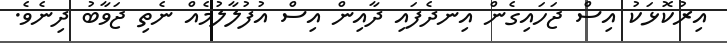
އިރުކޮޅަކު އިސް ޖަހައިގެން އިނދެފައި ދާއިން އިސް އުފުލާލުމެއް ނެތި ޖަވާބު ދިނެވެ.